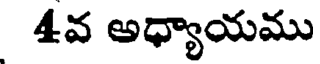
4వ అధ్యాయము